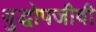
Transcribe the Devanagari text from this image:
युद्धोपजीवी